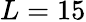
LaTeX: L=15